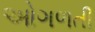
ઓગળતી